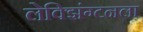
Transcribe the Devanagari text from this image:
लेक्झिंग्टनला